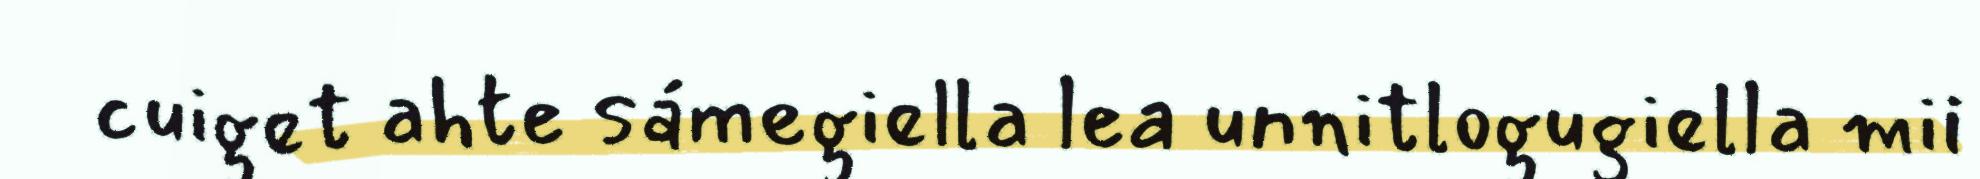
cuiget ahte sámegiella lea unnitlogugiella mii